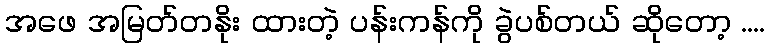
အဖေ အမြတ်တနိုး ထားတဲ့ ပန်းကန်ကို ခွဲပစ်တယ် ဆိုတော့ ....